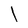
Character: l